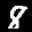
Label: 8